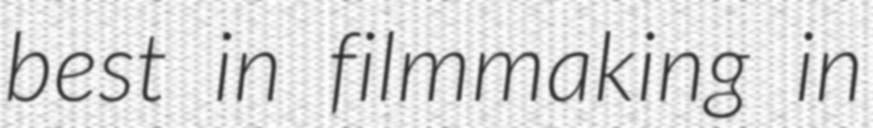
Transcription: best in filmmaking in